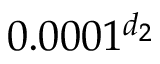
0 . 0 0 0 1 ^ { d _ { 2 } }